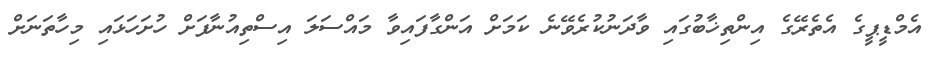
އެމްޑީޕީގެ އެތެރޭގެ އިންތިޚާބުގައި ވާދަނުކުރެވޭނެ ކަމަށް އަންގާފައިވާ މައްސަލަ އިސްތިއުނާފަށް ހުށަހަޅައި މިހާތަނަށް